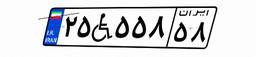
۲۵W۵۵۸۵۸